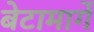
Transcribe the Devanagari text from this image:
बेटामार्गे